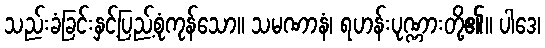
သည်းခံခြင်းနှင့်ပြည့်စုံကုန်သော။ သမဏာနံ၊ ရဟန်းပုဏ္ဏားတို့၏။ ပါဒေ၊